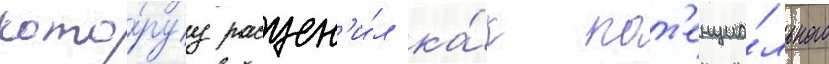
кото́руу расцен'и́л ка́к пот'енциа́льного